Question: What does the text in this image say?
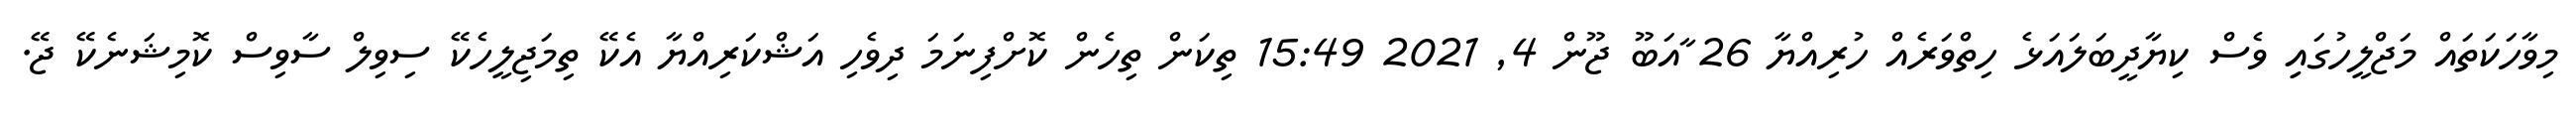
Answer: މިވާހަކަތައް މަޖްލީހުގައިި ވެސް ކިޔާދީބަލައަޅެ ހިތްވަރެއް ހުރިއްޔާ 26 ާއަބޫ ޖޫން 4, 2021 15:49 ތިކަން ތިހެން ކޮށްފިނަމަ ދިވެހި އަޝްކަރިއްޔާ އެކޭ ތިމަޖިލީހެކޭ ސިވިލް ސާވިސް ކޮމިޝަނެކޭ ޖޭ.